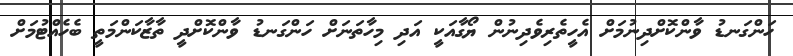
ހަންގަނޑު ވާންކޮށްދިނުމަށް އެހީތެރިވެދިނުން ޔޯގާއަކީ އަދި މިހާތަނަށް ހަންގަނޑު ވާންކޮށްދީ ތާޒާކަންމަތީ ބެހެއްޓުމަށް